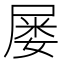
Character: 屡